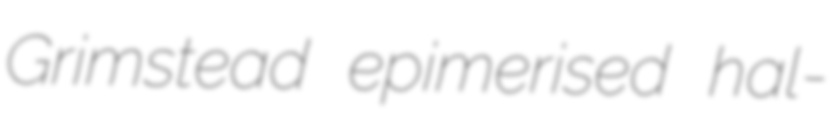
Grimstead epimerised hal-